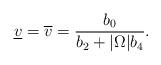
LaTeX: \begin{align*}\underline{v}=\overline{v} =\frac{b_0}{b_2+|\Omega|b_4}.\end{align*}